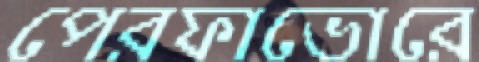
পেরফাভোরে